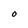
Character: O